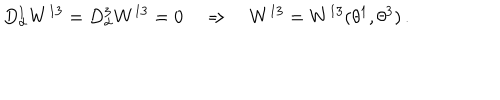
LaTeX: D _ { \alpha } ^ { 1 } W ^ { 1 3 } = D _ { \alpha } ^ { 3 } W ^ { 1 3 } = 0 \quad \Rightarrow \quad W ^ { 1 3 } = W ^ { 1 3 } ( \theta ^ { 1 } , \theta ^ { 3 } ) \, .